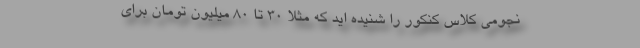
نجومی کلاس کنکور را شنیده اید که مثلاً ٣٠ تا ٨٠ میلیون تومان برای